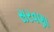
સરવણા